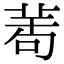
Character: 𦯗